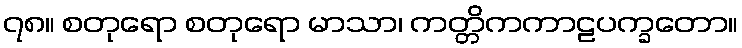
၇၈။ စတုရော စတုရော မာသာ၊ ကတ္တိကကာဠပက္ခတော။